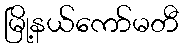
မြို့နယ်ကော်မတီ